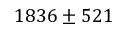
1 8 3 6 \pm 5 2 1